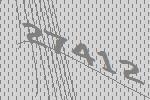
27412